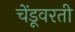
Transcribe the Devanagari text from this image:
चेंडूवरती